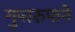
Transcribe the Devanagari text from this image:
गुप्तरुपाने